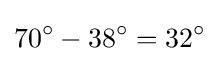
70^{\circ }-38^{\circ }=32^{\circ }